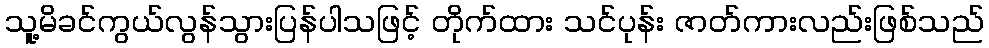
သူ့မိခင်ကွယ်လွန်သွားပြန်ပါသဖြင့် တိုက်ထား သင်ပုန်း ဇာတ်ကားလည်းဖြစ်သည်